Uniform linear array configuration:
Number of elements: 12
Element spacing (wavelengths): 0.5
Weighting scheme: hamming
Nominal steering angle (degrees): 0
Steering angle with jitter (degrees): -0.5222
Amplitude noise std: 0.05
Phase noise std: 0.05

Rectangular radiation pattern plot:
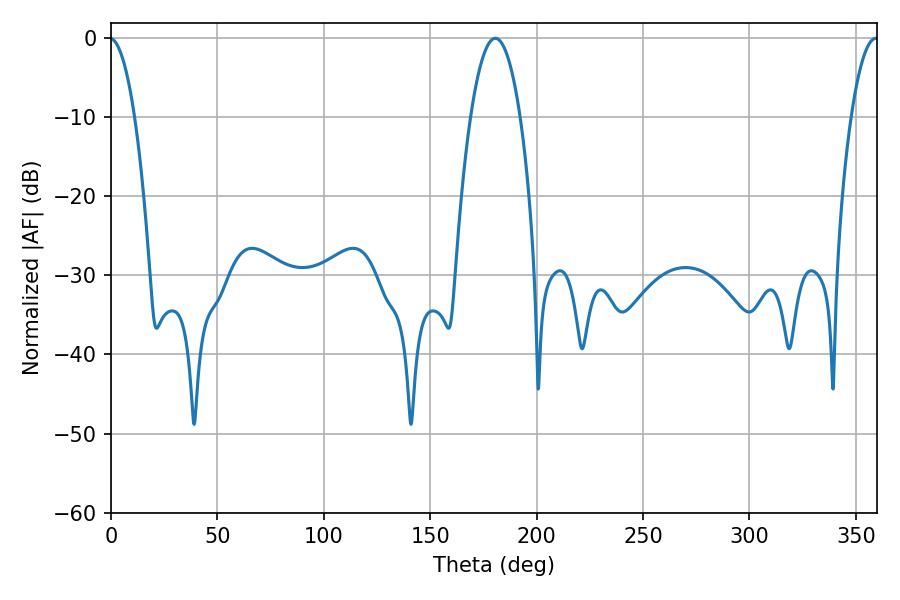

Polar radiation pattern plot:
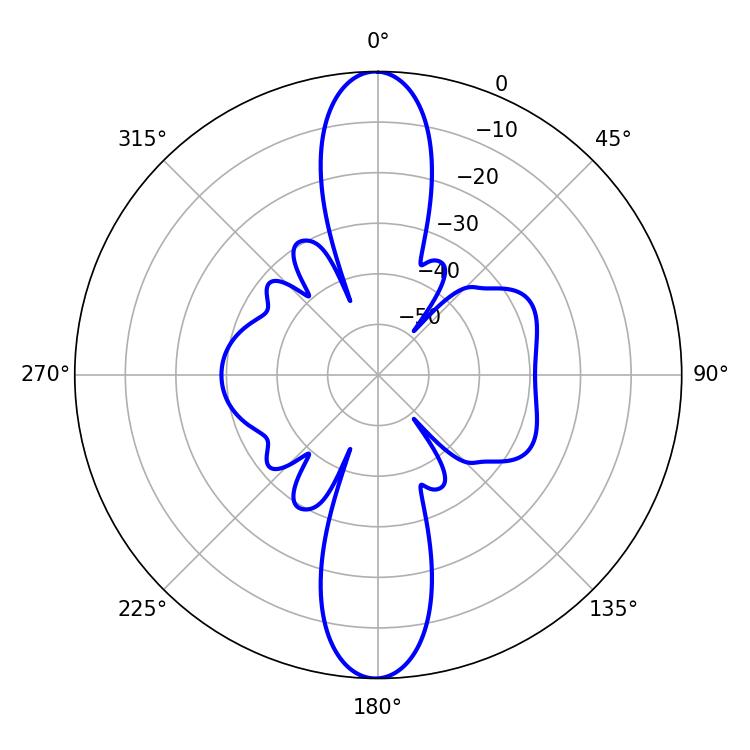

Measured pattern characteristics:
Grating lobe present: FALSE
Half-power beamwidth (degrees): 12.96
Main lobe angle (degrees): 180.54